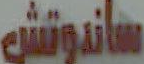
ساندوتش